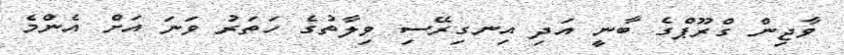
ވާޖިން ގްރޫޕްގެ ބާނީ އަދި އިނގިރޭސި ވިލާތުގެ ހަތަރު ވަނަ އަށް އެންމެ